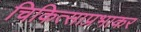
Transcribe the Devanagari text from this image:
चिकित्साप्रभाकर